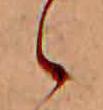
ゝ